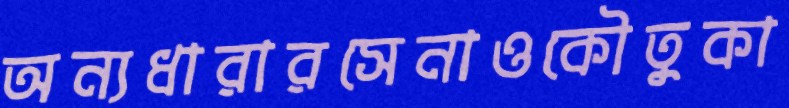
অন্যধারারসেনাওকৌতুকা